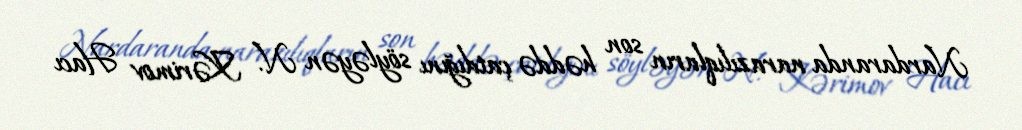
Nardaranda narazılıqların son həddə çatdığını söyləyən N. Kərimov Hacı